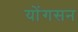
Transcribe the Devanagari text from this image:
योंगसन